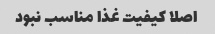
اصلا کیفیت غذا مناسب نبود